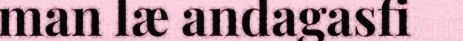
man læ andagasfi